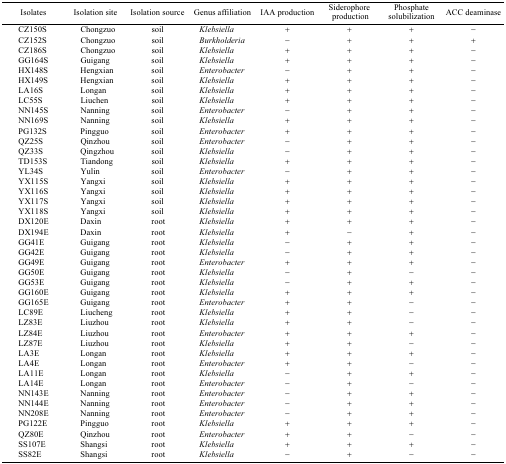
<table><thead><tr><td><b>Isolates</b></td><td><b>Isolation site</b></td><td><b>Isolation source</b></td><td><b>Genus affiliation</b></td><td><b>IAA production</b></td><td><b>Siderophore production</b></td><td><b>Phosphate solubilization</b></td><td><b>ACC deaminase</b></td></tr></thead><tbody><tr><td>CZ150S</td><td>Chongzuo</td><td>soil</td><td><i>Klebsiella</i></td><td>+</td><td>+</td><td>+</td><td>−</td></tr><tr><td>CZ152S</td><td>Chongzuo</td><td>soil</td><td><i>Burkholderia</i></td><td>−</td><td>+</td><td>+</td><td>+</td></tr><tr><td>CZ186S</td><td>Chongzuo</td><td>soil</td><td><i>Klebsiella</i></td><td>+</td><td>+</td><td>+</td><td>−</td></tr><tr><td>GG164S</td><td>Guigang</td><td>soil</td><td><i>Klebsiella</i></td><td>+</td><td>+</td><td>+</td><td>−</td></tr><tr><td>HX148S</td><td>Hengxian</td><td>soil</td><td><i>Enterobacter</i></td><td>−</td><td>+</td><td>+</td><td>−</td></tr><tr><td>HX149S</td><td>Hengxian</td><td>soil</td><td><i>Klebsiella</i></td><td>+</td><td>+</td><td>+</td><td>−</td></tr><tr><td>LA16S</td><td>Longan</td><td>soil</td><td><i>Klebsiella</i></td><td>+</td><td>+</td><td>+</td><td>−</td></tr><tr><td>LC55S</td><td>Liuchen</td><td>soil</td><td><i>Klebsiella</i></td><td>+</td><td>+</td><td>+</td><td>−</td></tr><tr><td>NN145S</td><td>Nanning</td><td>soil</td><td><i>Enterobacter</i></td><td>−</td><td>+</td><td>+</td><td>−</td></tr><tr><td>NN169S</td><td>Nanning</td><td>soil</td><td><i>Klebsiella</i></td><td>+</td><td>+</td><td>+</td><td>−</td></tr><tr><td>PG132S</td><td>Pingguo</td><td>soil</td><td><i>Enterobacter</i></td><td>+</td><td>+</td><td>+</td><td>−</td></tr><tr><td>QZ25S</td><td>Qinzhou</td><td>soil</td><td><i>Enterobacter</i></td><td>−</td><td>+</td><td>+</td><td>−</td></tr><tr><td>QZ33S</td><td>Qingzhou</td><td>soil</td><td><i>Klebsiella</i></td><td>−</td><td>+</td><td>+</td><td>−</td></tr><tr><td>TD153S</td><td>Tiandong</td><td>soil</td><td><i>Klebsiella</i></td><td>+</td><td>+</td><td>+</td><td>−</td></tr><tr><td>YL34S</td><td>Yulin</td><td>soil</td><td><i>Enterobacter</i></td><td>−</td><td>+</td><td>+</td><td>−</td></tr><tr><td>YX115S</td><td>Yangxi</td><td>soil</td><td><i>Klebsiella</i></td><td>+</td><td>+</td><td>+</td><td>−</td></tr><tr><td>YX116S</td><td>Yangxi</td><td>soil</td><td><i>Klebsiella</i></td><td>+</td><td>+</td><td>+</td><td>−</td></tr><tr><td>YX117S</td><td>Yangxi</td><td>soil</td><td><i>Klebsiella</i></td><td>+</td><td>+</td><td>+</td><td>−</td></tr><tr><td>YX118S</td><td>Yangxi</td><td>soil</td><td><i>Klebsiella</i></td><td>+</td><td>+</td><td>+</td><td>−</td></tr><tr><td>DX120E</td><td>Daxin</td><td>root</td><td><i>Klebsiella</i></td><td>+</td><td>+</td><td>+</td><td>−</td></tr><tr><td>DX194E</td><td>Daxin</td><td>root</td><td><i>Klebsiella</i></td><td>+</td><td>−</td><td>+</td><td>−</td></tr><tr><td>GG41E</td><td>Guigang</td><td>root</td><td><i>Klebsiella</i></td><td>−</td><td>+</td><td>+</td><td>−</td></tr><tr><td>GG42E</td><td>Guigang</td><td>root</td><td><i>Klebsiella</i></td><td>−</td><td>+</td><td>+</td><td>−</td></tr><tr><td>GG49E</td><td>Guigang</td><td>root</td><td><i>Enterobacter</i></td><td>+</td><td>+</td><td>+</td><td>−</td></tr><tr><td>GG50E</td><td>Guigang</td><td>root</td><td><i>Klebsiella</i></td><td>−</td><td>+</td><td>−</td><td>−</td></tr><tr><td>GG53E</td><td>Guigang</td><td>root</td><td><i>Klebsiella</i></td><td>−</td><td>+</td><td>+</td><td>−</td></tr><tr><td>GG160E</td><td>Guigang</td><td>root</td><td><i>Klebsiella</i></td><td>+</td><td>+</td><td>+</td><td>−</td></tr><tr><td>GG165E</td><td>Guigang</td><td>root</td><td><i>Enterobacter</i></td><td>+</td><td>+</td><td>−</td><td>−</td></tr><tr><td>LC89E</td><td>Liucheng</td><td>root</td><td><i>Klebsiella</i></td><td>+</td><td>+</td><td>−</td><td>−</td></tr><tr><td>LZ83E</td><td>Liuzhou</td><td>root</td><td><i>Klebsiella</i></td><td>+</td><td>+</td><td>−</td><td>−</td></tr><tr><td>LZ84E</td><td>Liuzhou</td><td>root</td><td><i>Enterobacter</i></td><td>+</td><td>+</td><td>+</td><td>−</td></tr><tr><td>LZ87E</td><td>Liuzhou</td><td>root</td><td><i>Klebsiella</i></td><td>+</td><td>+</td><td>−</td><td>−</td></tr><tr><td>LA3E</td><td>Longan</td><td>root</td><td><i>Klebsiella</i></td><td>+</td><td>+</td><td>+</td><td>−</td></tr><tr><td>LA4E</td><td>Longan</td><td>root</td><td><i>Enterobacter</i></td><td>+</td><td>+</td><td>−</td><td>−</td></tr><tr><td>LA11E</td><td>Longan</td><td>root</td><td><i>Klebsiella</i></td><td>−</td><td>+</td><td>+</td><td>−</td></tr><tr><td>LA14E</td><td>Longan</td><td>root</td><td><i>Enterobacter</i></td><td>−</td><td>+</td><td>−</td><td>−</td></tr><tr><td>NN143E</td><td>Nanning</td><td>root</td><td><i>Enterobacter</i></td><td>−</td><td>+</td><td>+</td><td>−</td></tr><tr><td>NN144E</td><td>Nanning</td><td>root</td><td><i>Enterobacter</i></td><td>−</td><td>+</td><td>+</td><td>−</td></tr><tr><td>NN208E</td><td>Nanning</td><td>root</td><td><i>Enterobacter</i></td><td>−</td><td>+</td><td>+</td><td>−</td></tr><tr><td>PG122E</td><td>Pingguo</td><td>root</td><td><i>Klebsiella</i></td><td>+</td><td>+</td><td>+</td><td>−</td></tr><tr><td>QZ80E</td><td>Qinzhou</td><td>root</td><td><i>Enterobacter</i></td><td>+</td><td>+</td><td>−</td><td>−</td></tr><tr><td>SS107E</td><td>Shangsi</td><td>root</td><td><i>Klebsiella</i></td><td>+</td><td>+</td><td>+</td><td>−</td></tr><tr><td>SS82E</td><td>Shangsi</td><td>root</td><td><i>Klebsiella</i></td><td>−</td><td>+</td><td>−</td><td>−</td></tr></tbody></table>